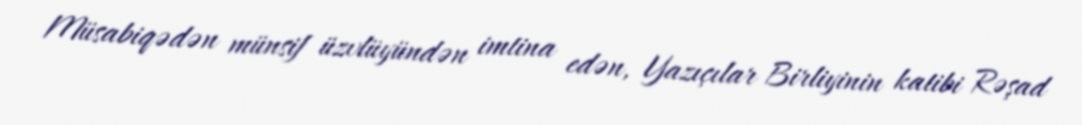
Müsabiqədən münsif üzvlüyündən imtina edən, Yazıçılar Birliyinin katibi Rəşad